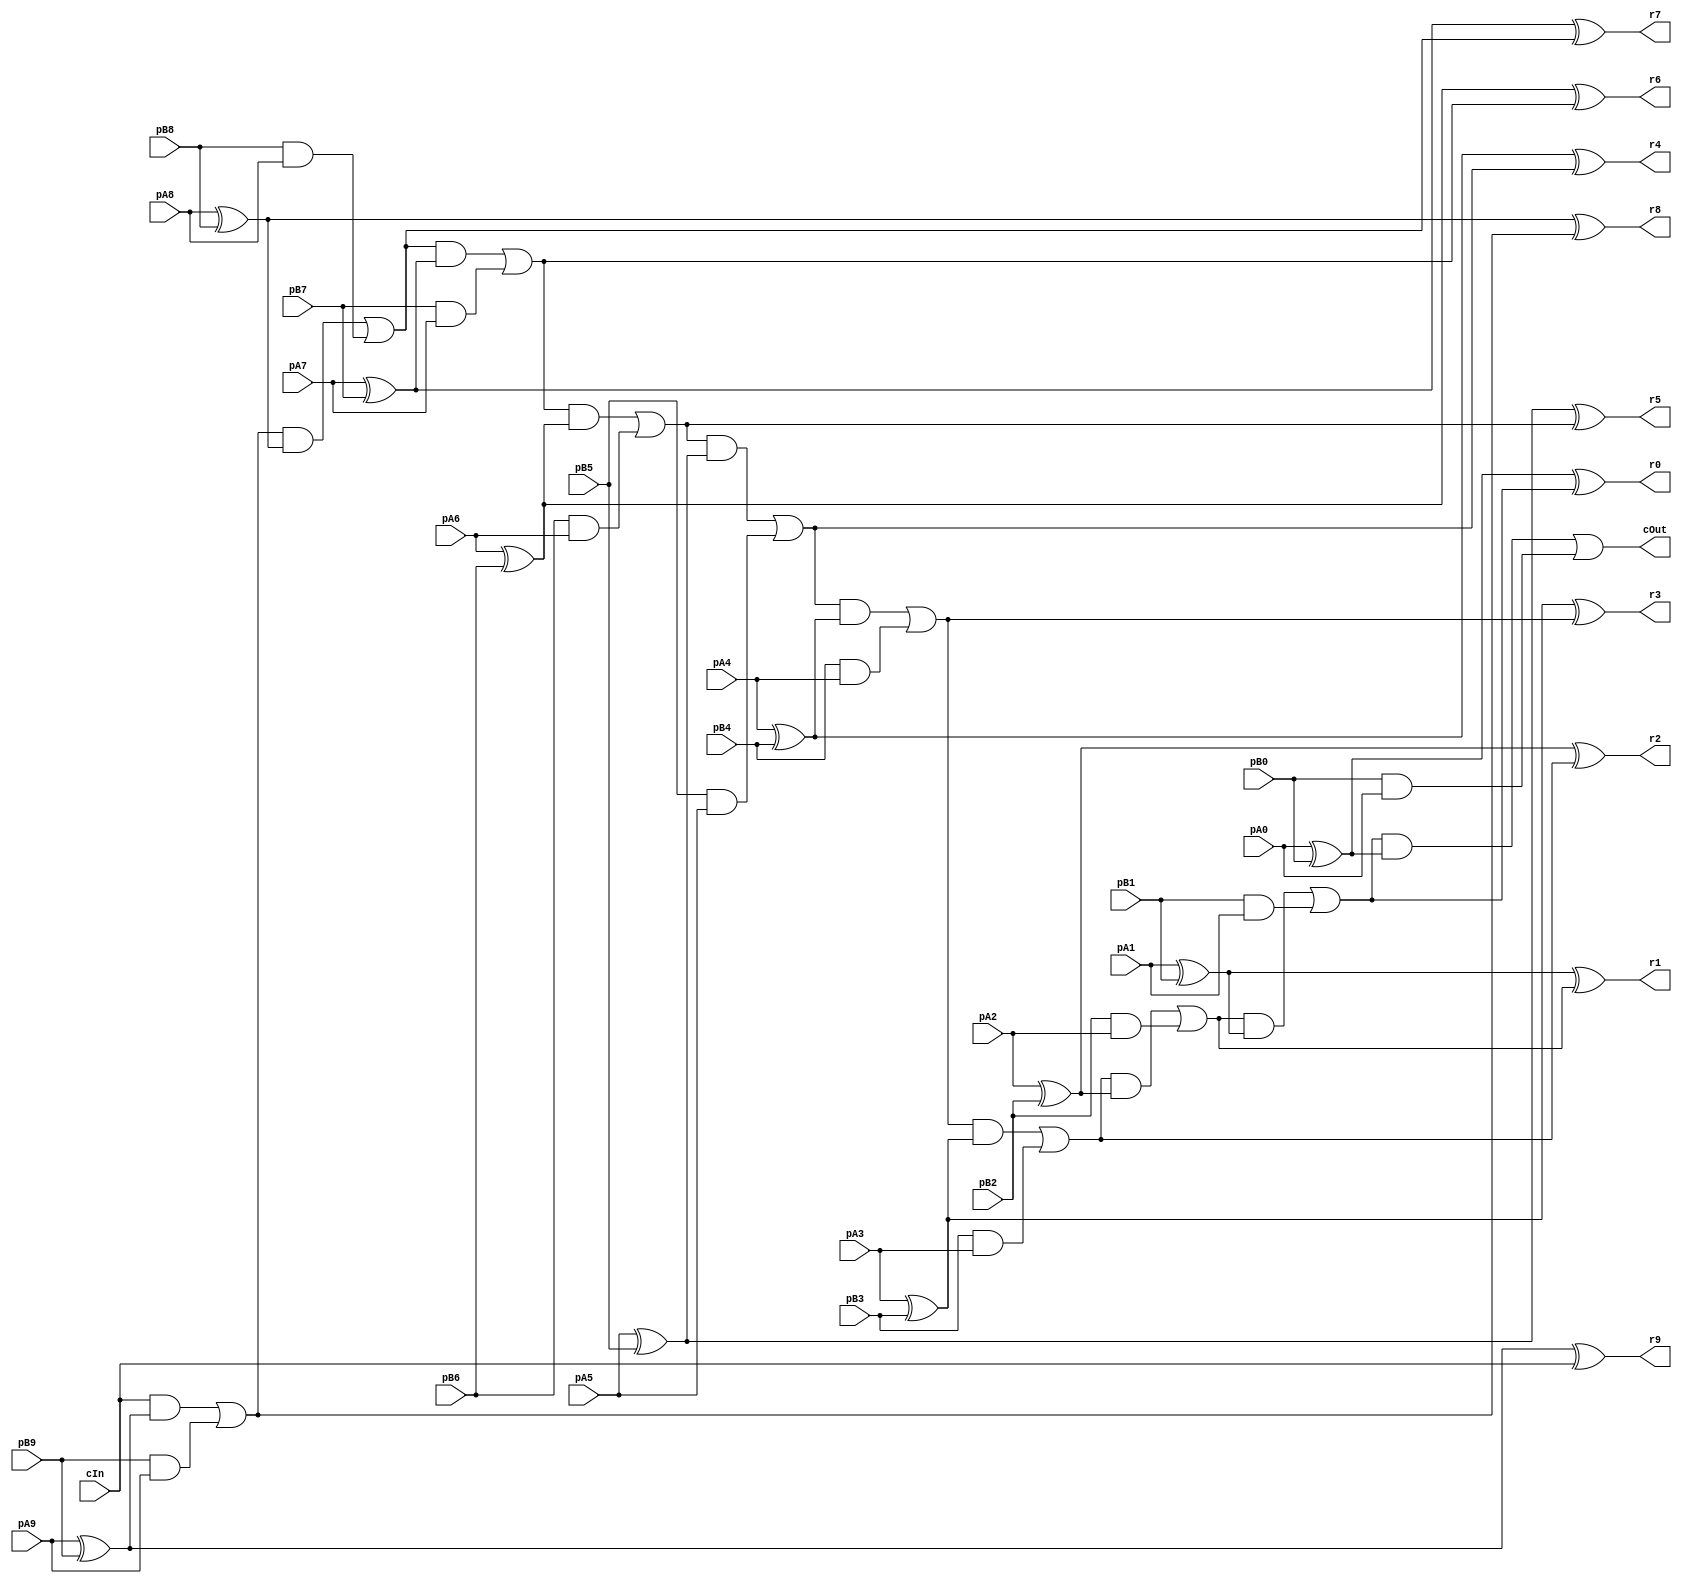
module CRippleCarryAdder_10_10_10_InOutT(pA9,pA8,pA7,pA6,pA5,pA4,pA3,pA2,pA1,pA0, pB9,pB8,pB7,pB6,pB5,pB4,pB3,pB2,pB1,pB0, r9,r8,r7,r6,r5,r4,r3,r2,r1,r0, cIn, cOut);

input pA9,pA8,pA7,pA6,pA5,pA4,pA3,pA2,pA1,pA0, pB9,pB8,pB7,pB6,pB5,pB4,pB3,pB2,pB1,pB0, cIn;
output r9,r8,r7,r6,r5,r4,r3,r2,r1,r0, cOut;
wire w1, w2, w3, w4, w5, w6, w7, w8, w9, w10, w11, w12, w13, w14, w15, w16, w17, w18, w19, w20, w21, w22, w23, w24, w25, w26, w27, w28, w29, w30, w31, w32, w33, w34, w35, w36, w37, w38, w39, w40, w41, w42, w43, w44, w45, w46, w47, w48, w49, w50, w51, w52, w53, w54, w55, w56, w57, w58, w59, w60, w61, w62, w63, w64, w65, w66, w67, w68, w69, w70, w71, w72;

assign w1 = pA9;
assign w2 = pA8;
assign w3 = pA7;
assign w4 = pA6;
assign w5 = pA5;
assign w6 = pA4;
assign w7 = pA3;
assign w8 = pA2;
assign w9 = pA1;
assign w10 = pA0;
assign w11 = pB9;
assign w12 = pB8;
assign w13 = pB7;
assign w14 = pB6;
assign w15 = pB5;
assign w16 = pB4;
assign w17 = pB3;
assign w18 = pB2;
assign w19 = pB1;
assign w20 = pB0;
assign r9 = w21;
assign r8 = w22;
assign r7 = w23;
assign r6 = w24;
assign r5 = w25;
assign r4 = w26;
assign r3 = w27;
assign r2 = w28;
assign r1 = w29;
assign r0 = w30;
assign w32 = cIn;
assign cOut = w31;

assign w35 = w1 ^ w11;
assign w21 = w35 ^ w32;
assign w36 = w32 & w35;
assign w37 = w11 & w1;
assign w34 = w36 | w37;
assign w39 = w2 ^ w12;
assign w22 = w39 ^ w34;
assign w40 = w34 & w39;
assign w41 = w12 & w2;
assign w38 = w40 | w41;
assign w43 = w3 ^ w13;
assign w23 = w43 ^ w38;
assign w44 = w38 & w43;
assign w45 = w13 & w3;
assign w42 = w44 | w45;
assign w47 = w4 ^ w14;
assign w24 = w47 ^ w42;
assign w48 = w42 & w47;
assign w49 = w14 & w4;
assign w46 = w48 | w49;
assign w51 = w5 ^ w15;
assign w25 = w51 ^ w46;
assign w52 = w46 & w51;
assign w53 = w15 & w5;
assign w50 = w52 | w53;
assign w55 = w6 ^ w16;
assign w26 = w55 ^ w50;
assign w56 = w50 & w55;
assign w57 = w16 & w6;
assign w54 = w56 | w57;
assign w59 = w7 ^ w17;
assign w27 = w59 ^ w54;
assign w60 = w54 & w59;
assign w61 = w17 & w7;
assign w58 = w60 | w61;
assign w63 = w8 ^ w18;
assign w28 = w63 ^ w58;
assign w64 = w58 & w63;
assign w65 = w18 & w8;
assign w62 = w64 | w65;
assign w67 = w9 ^ w19;
assign w29 = w67 ^ w62;
assign w68 = w62 & w67;
assign w69 = w19 & w9;
assign w66 = w68 | w69;
assign w70 = w10 ^ w20;
assign w30 = w70 ^ w66;
assign w71 = w66 & w70;
assign w72 = w20 & w10;
assign w31 = w71 | w72;

endmodule